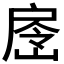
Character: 𭠉